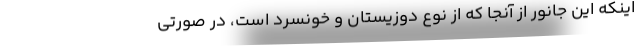
اینکه این جانور از آنجا که از نوع دوزیستان و خونسرد است، در صورتی